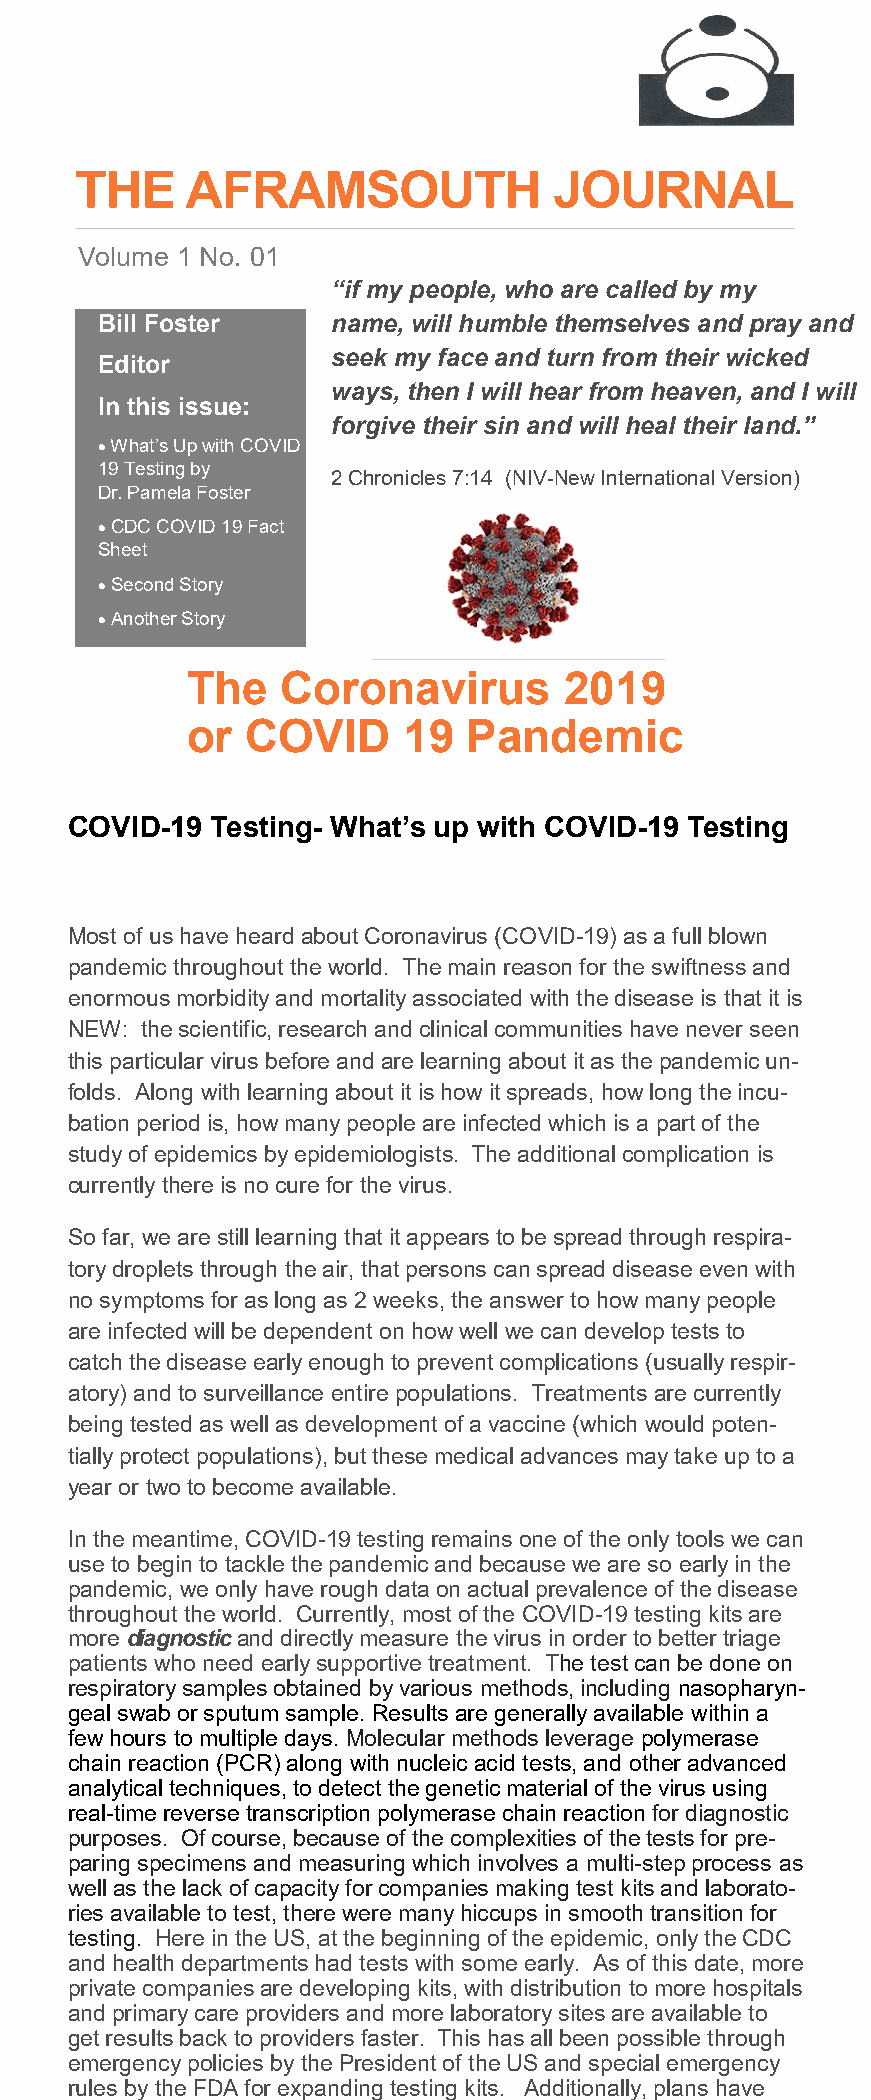
THE    AFRAMSOUTH               JOURNAL
 Volume 1 No. 01
 “if my people, who are called by my
 Bill Foster     name, will humble themselves and pray and
 seek my face and turn from their wicked
 Editor
 ways, then I will hear from heaven, and I will
 In this issue:
 forgive their sin and will heal their land.”
  What’s Up with COVID
 19 Testing by
 2 Chronicles 7:14 (NIV-New International Version)
 Dr. Pamela Foster
  CDC COVID 19 Fact
 Sheet
  Second Story
  Another Story
 The    Coronavirus       2019
 or  COVID      19  Pandemic
 COVID-19  Testing- What’s up with COVID-19 Testing
 Most of us have heard about Coronavirus (COVID-19) as a full blown
 pandemic throughout the world. The main reason for the swiftness and
 enormous morbidity and mortality associated with the disease is that it is
 NEW: the scientific, research and clinical communities have never seen
 this particular virus before and are learning about it as the pandemic un-
 folds. Along with learning about it is how it spreads, how long the incu-
 bation period is, how many people are infected which is a part of the
 study of epidemics by epidemiologists. The additional complication is
 currently there is no cure for the virus.
 So far, we are still learning that it appears to be spread through respira-
 tory droplets through the air, that persons can spread disease even with
 no symptoms for as long as 2 weeks, the answer to how many people
 are infected will be dependent on how well we can develop tests to
 catch the disease early enough to prevent complications (usually respir-
 atory) and to surveillance entire populations. Treatments are currently
 being tested as well as development of a vaccine (which would poten-
 tially protect populations), but these medical advances may take up to a
 year or two to become available.
 Photo Caption
 In the meantime, COVID-19 testing remains one of the only tools we can
 use to begin to tackle the pandemic and because we are so early in the
 pandemic, we only have rough data on actual prevalence of the disease
 throughout the world. Currently, most of the COVID-19 testing kits are
 more diagnostic and directly measure the virus in order to better triage
 patients who need early supportive treatment. The test can be done on
 respiratory samples obtained by various methods, including nasopharyn-
 geal swab or sputum sample. Results are generally available within a
 few hours to multiple days. Molecular methods leverage polymerase
 chain reaction (PCR) along with nucleic acid tests, and other advanced
 analytical techniques, to detect the genetic material of the virus using
 real-time reverse transcription polymerase chain reaction for diagnostic
 purposes. Of course, because of the complexities of the tests for pre-
 paring specimens and measuring which involves a multi-step process as
 well as the lack of capacity for companies making test kits and laborato-
 ries available to test, there were many hiccups in smooth transition for
 testing. Here in the US, at the beginning of the epidemic, only the CDC
 and health departments had tests with some early. As of this date, more
 private companies are developing kits, with distribution to more hospitals
 and primary care providers and more laboratory sites are available to
 get results back to providers faster. This has all been possible through
 emergency policies by the President of the US and special emergency
 rules by the FDA for expanding testing kits. Additionally, plans have
 been announced for more point of care testing with test results as fast